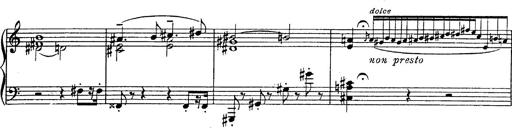
Title: Fantasie Ã¼ber Themen aus Mozarts Figaro und Don Giovanni
Composer: Franz Liszt